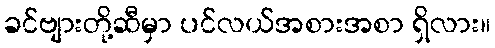
ခင်ဗျားတို့ဆီမှာ ပင်လယ်အစားအစာ ရှိလား။